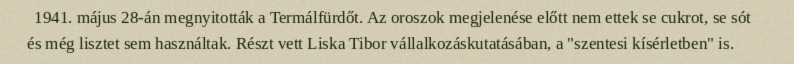
1941. május 28-án megnyitották a Termálfürdőt. Az oroszok megjelenése előtt nem ettek se cukrot, se sót és még lisztet sem használtak. Részt vett Liska Tibor vállalkozáskutatásában, a "szentesi kísérletben" is.